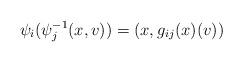
LaTeX: \begin{align*}\psi_i(\psi^{-1}_j(x,v))=(x,g_{ij}(x)(v))\end{align*}